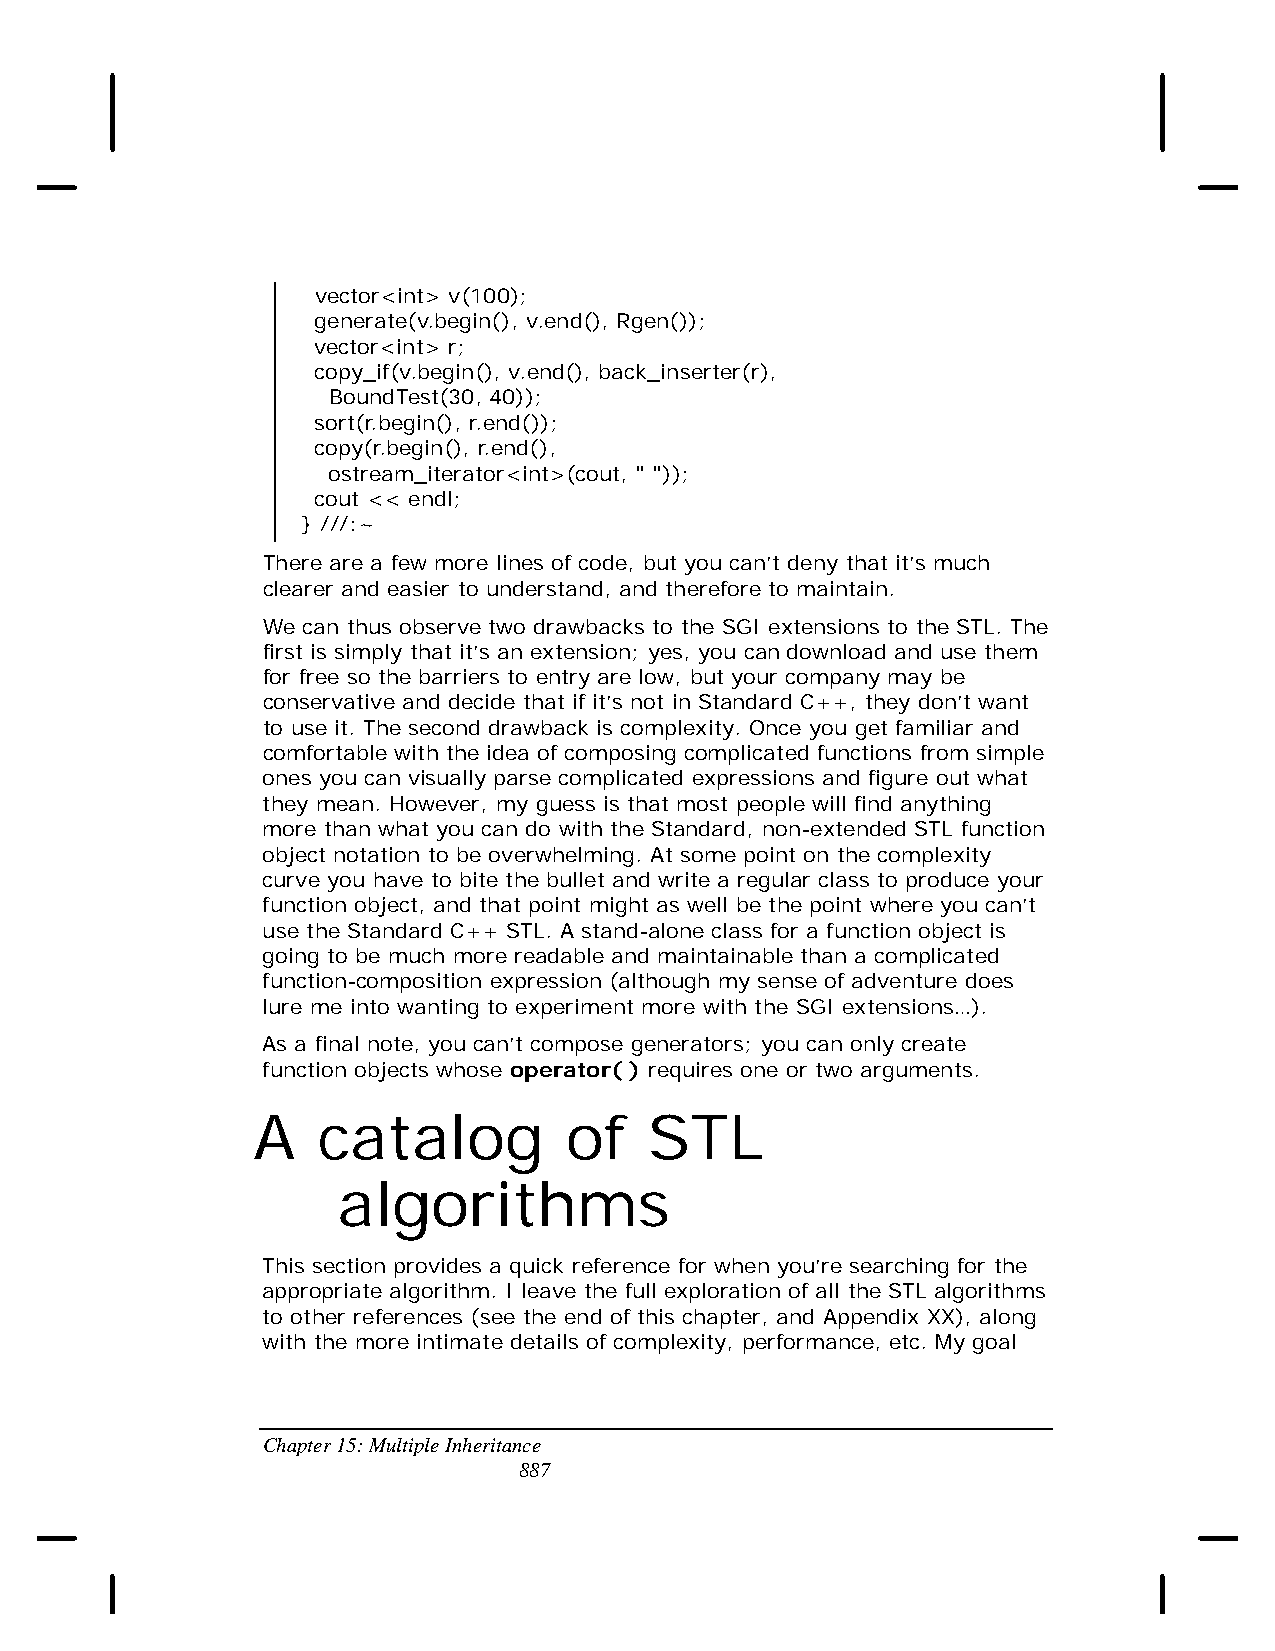
vector<int> v(100);
 generate(v.begin(), v.end(), Rgen());
 vector<int> r;
 copy_if(v.begin(), v.end(), back_inserter(r),
 BoundTest(30, 40));
 sort(r.begin(), r.end());
 copy(r.begin(), r.end(),
 ostream_iterator<int>(cout, " "));
 cout << endl;
 } ///:~
 There are a few more lines of code, but you can’t deny that it’s much
 clearer and easier to understand, and therefore to maintain.
 We can thus observe two drawbacks to the SGI extensions to the STL. The
 first is simply that it’s an extension; yes, you can download and use them
 for free so the barriers to entry are low, but your company may be
 conservative and decide that if it’s not in Standard C++, they don’t want
 to use it. The second drawback is complexity. Once you get familiar and
 comfortable with the idea of composing complicated functions from simple
 ones you can visually parse complicated expressions and figure out what
 they mean. However, my guess is that most people will find anything
 more than what you can do with the Standard, non-extended STL function
 object notation to be overwhelming. At some point on the complexity
 curve you have to bite the bullet and write a regular class to produce your
 function object, and that point might as well be the point where you can’t
 use the Standard C++ STL. A stand-alone class for a function object is
 going to be much more readable and maintainable than a complicated
 function-composition expression (although my sense of adventure does
 lure me into wanting to experiment more with the SGI extensions…).
 As a final note, you can’t compose generators; you can only create
 function objects whose operator( ) requires one or two arguments.
 A   catalog         of    STL
 algorithms
 This section provides a quick reference for when you’re searching for the
 appropriate algorithm. I leave the full exploration of all the STL algorithms
 to other references (see the end of this chapter, and Appendix XX), along
 with the more intimate details of complexity, performance, etc. My goal
 Chapter 15: Multiple Inheritance
 887